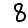
Digit: 8